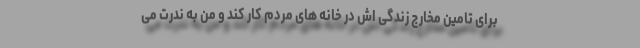
برای تامین مخارج زندگی اش در خانه های مردم کار کند و من به ندرت می